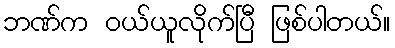
ဘဏ်က ဝယ်ယူလိုက်ပြီ ဖြစ်ပါတယ်။